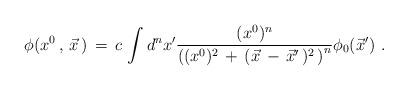
LaTeX: \begin{align*}\phi ( x^0\,,\,\vec{x}\,)\,=\,c\,\int d^n x^{\prime} { (x^0)^n \over \left( (x^0)^2 \,+\,(\vec x \,-\,{\vec x}^\prime \,)^2\,\right)^n} \phi_ 0 ({\vec x}^\prime )\,\,.\end{align*}